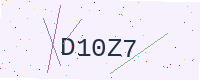
Text: D10Z7